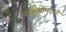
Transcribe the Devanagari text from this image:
चैतन्यानंदजी